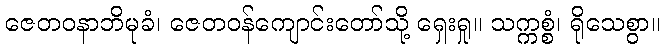
ဇေတဝနာဘိမုခံ၊ ဇေတဝန်ကျောင်းတော်သို့ ရှေးရှု။ သက္ကစ္စံ၊ ရိုသေစွာ။